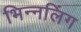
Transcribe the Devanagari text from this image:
भिन्नलिंग